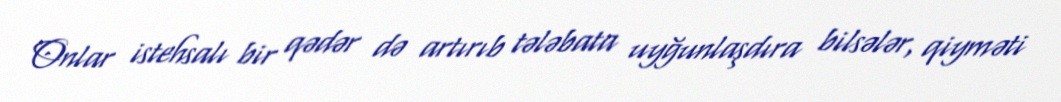
Onlar istehsalı bir qədər də artırıb tələbata uyğunlaşdıra bilsələr, qiyməti